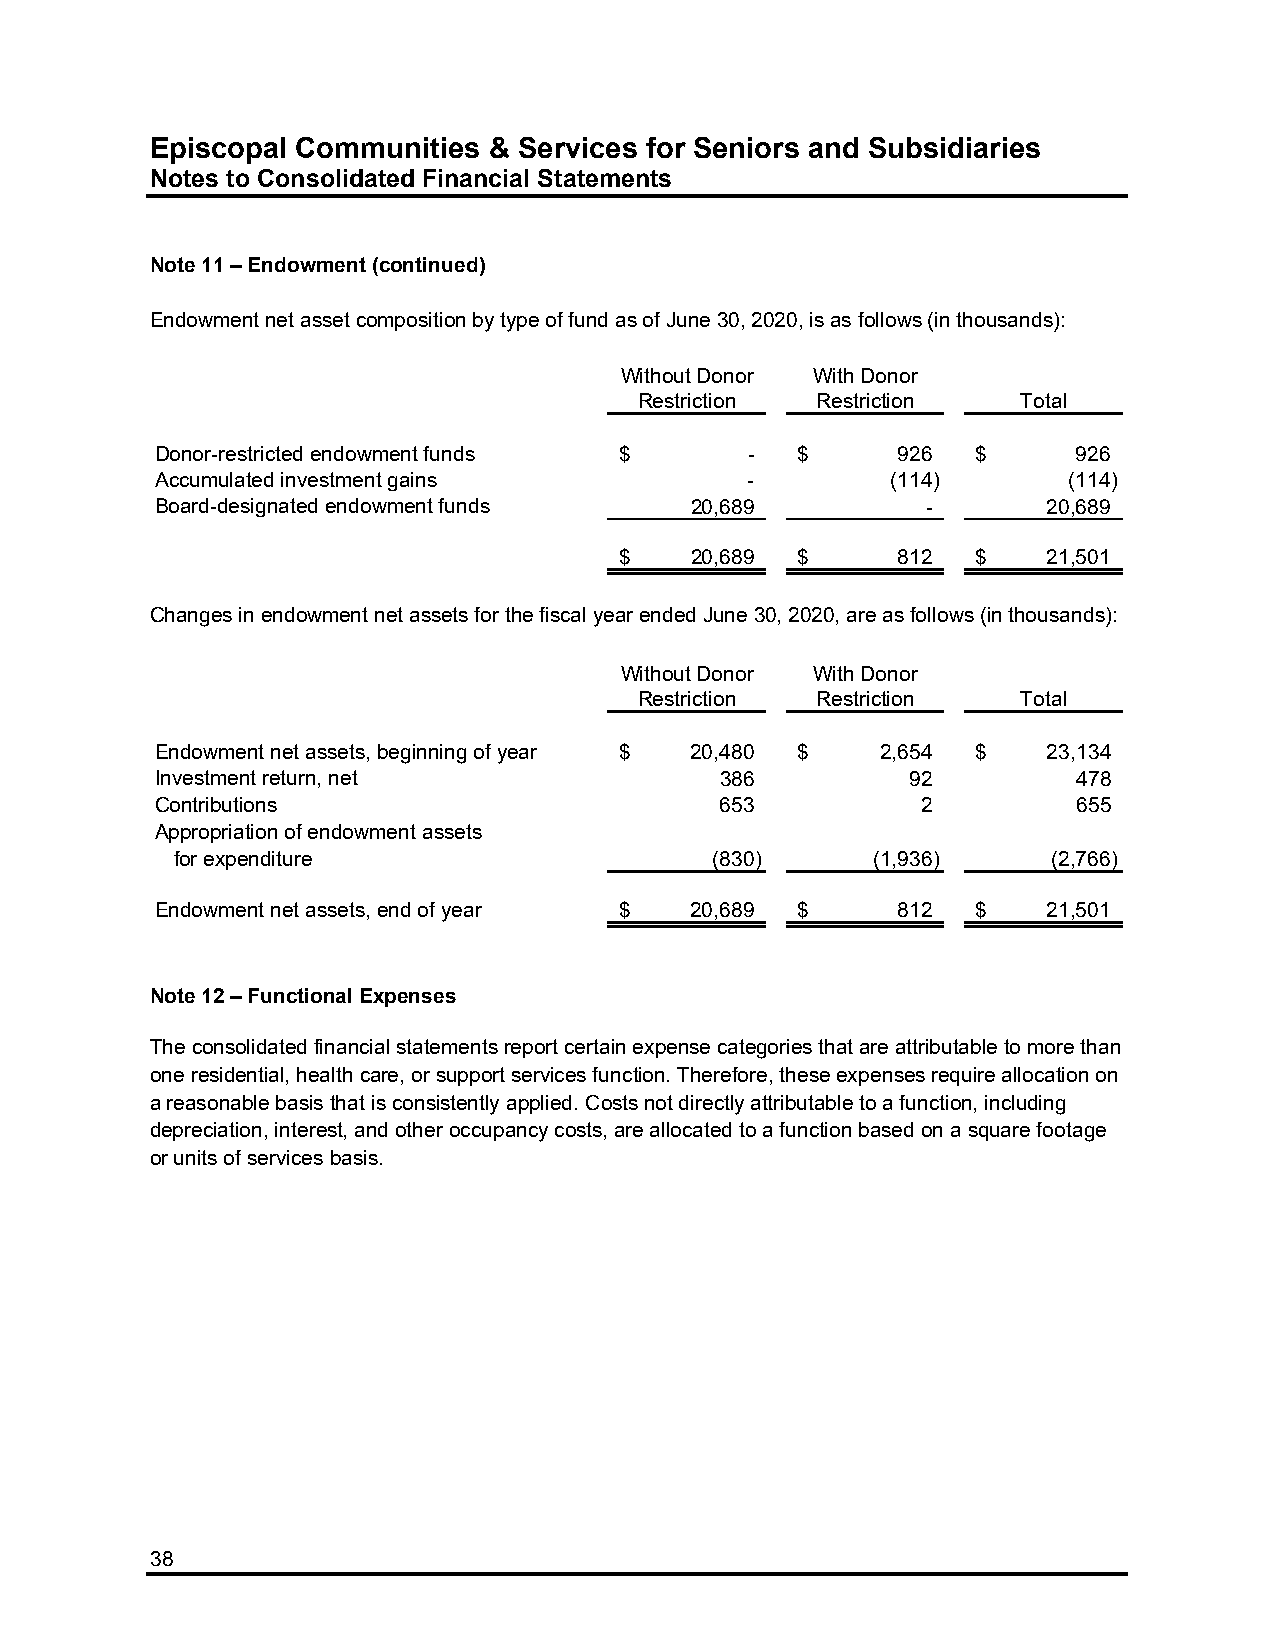
Episcopal Communities & Services for Seniors and Subsidiaries
 Notes to Consolidated Financial Statements
 Note 11 – Endowment (continued)
 Endowment net asset composition by type of fund as of June 30, 2020, is as follows (in thousands):
 Without Donor With Donor
 Restriction Restriction   Total
 Donor-restricted endowment funds $     -   $     926   $     926
 Accumulated investment gains           -         (114)       (114)
 Board-designated endowment funds    20,689         -       20,689
 $    20,689 $     812   $   21,501
 Changes in endowment net assets for the fiscal year ended June 30, 2020, are as follows (in thousands):
 Without Donor With Donor
 Restriction Restriction   Total
 Endowment net assets, beginning of year $ 20,480 $ 2,654 $ 23,134
 Investment return, net                386         92         478
 Contributions                         653          2         655
 Appropriation of endowment assets
 for expenditure                    (830)      (1,936)     (2,766)
 Endowment net assets, end of year $ 20,689 $     812   $   21,501
 Note 12 – Functional Expenses
 The consolidated financial statements report certain expense categories that are attributable to more than
 one residential, health care, or support services function. Therefore, these expenses require allocation on
 a reasonable basis that is consistently applied. Costs not directly attributable to a function, including
 depreciation, interest, and other occupancy costs, are allocated to a function based on a square footage
 or units of services basis.
 38